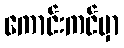
ကောင်းကင်မှာ